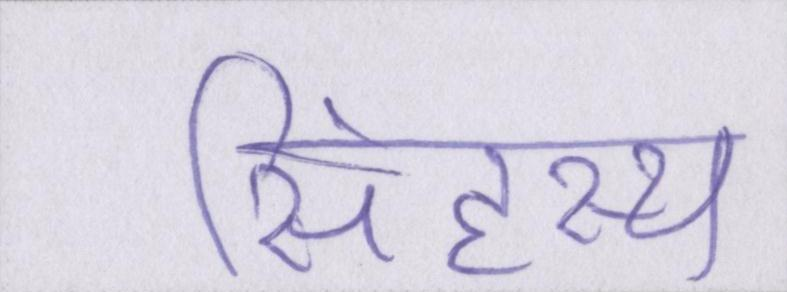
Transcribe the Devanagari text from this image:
सिंहस्थ